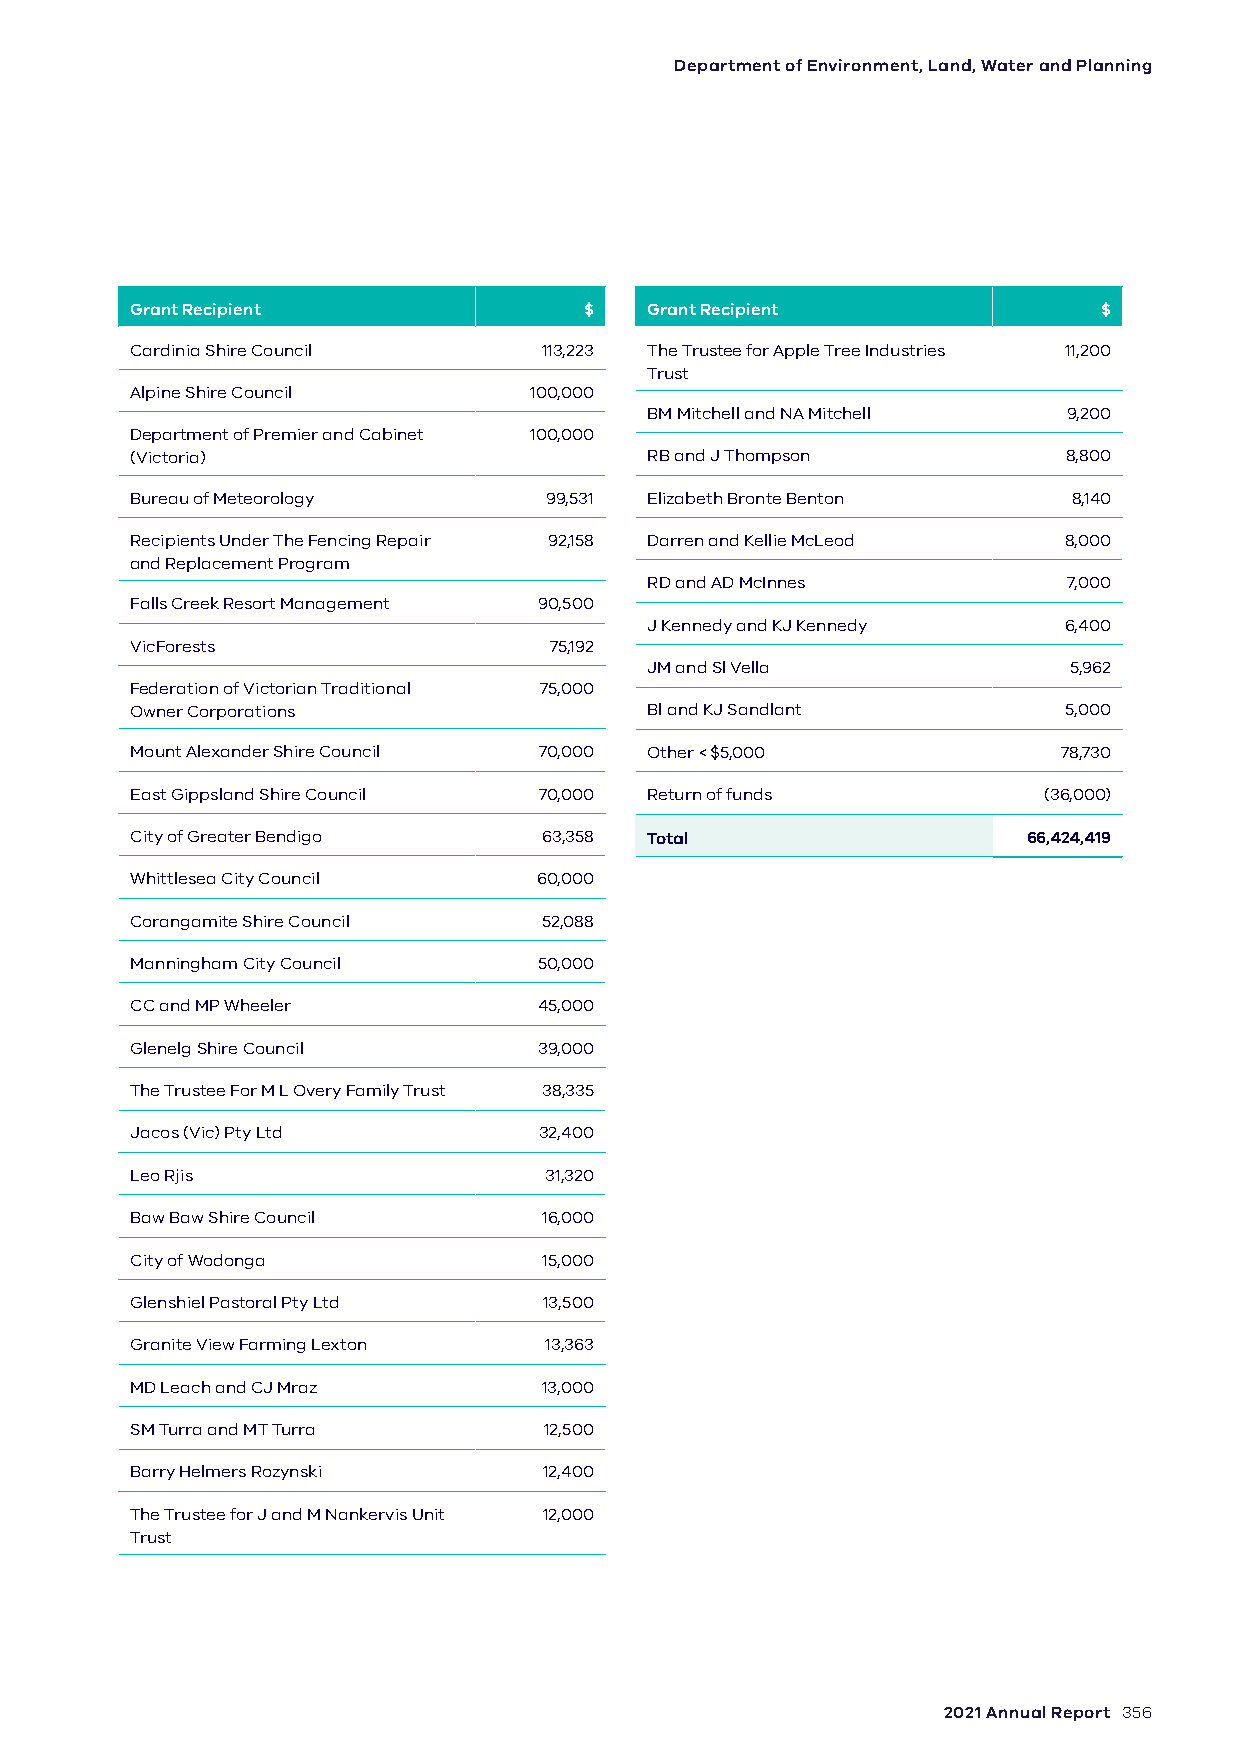
Department of Environment, Land, Water and Planning
 Grant Recipient               $   Grant Recipient               $
 Cardinia Shire Council     113,223 The Trustee for Apple Tree Industries 11,200
 Trust
 Alpine Shire Council      100,000
 BM Mitchell and NA Mitchell 9,200
 Department of Premier and Cabinet 100,000
 (Victoria)                        RB and J Thompson           8,800
 Bureau of Meteorology      99,531 Elizabeth Bronte Benton     8,140
 Recipients Under The Fencing Repair 92,158 Darren and Kellie McLeod 8,000
 and Replacement Program
 RD and AD McInnes           7,000
 Falls Creek Resort Management 90,500
 J Kennedy and KJ Kennedy   6,400
 VicForests                 75,192
 JM and Sl Vella             5,962
 Federation of Victorian Traditional 75,000
 Owner Corporations                Bl and KJ Sandlant         5,000
 Mount Alexander Shire Council 70,000 Other < $5,000          78,730
 East Gippsland Shire Council 70,000 Return of funds         (36,000)
 City of Greater Bendigo    63,358 Total                    66,424,419
 Whittlesea City Council    60,000
 Corangamite Shire Council  52,088
 Manningham City Council    50,000
 CC and MP Wheeler          45,000
 Glenelg Shire Council      39,000
 The Trustee For M L Overy Family Trust 38,335
 Jacos (Vic) Pty Ltd        32,400
 Leo Rjis                   31,320
 Baw Baw Shire Council      16,000
 City of Wodonga            15,000
 Glenshiel Pastoral Pty Ltd 13,500
 Granite View Farming Lexton 13,363
 MD Leach and CJ Mraz       13,000
 SM Turra and MT Turra      12,500
 Barry Helmers Rozynski     12,400
 The Trustee for J and M Nankervis Unit 12,000
 Trust
 2021 Annual Report 356